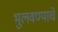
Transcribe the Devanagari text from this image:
भुलवण्याचे